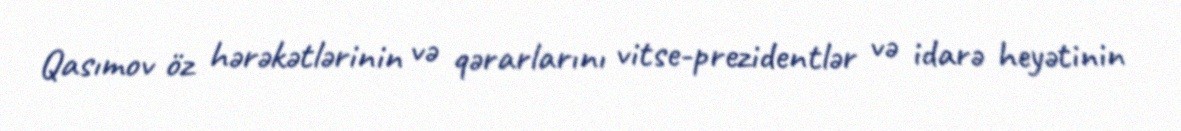
Qasımov öz hərəkətlərinin və qərarlarını vitse-prezidentlər və idarə heyətinin